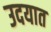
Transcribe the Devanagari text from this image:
उदयात